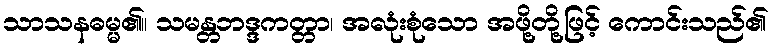
သာသနဓမ္မ၏။ သမန္တဘဒ္ဒကတ္တာ၊ အလုံးစုံသော အဖို့တို့ဖြင့် ကောင်းသည်၏